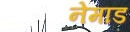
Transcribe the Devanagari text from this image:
नेमाड